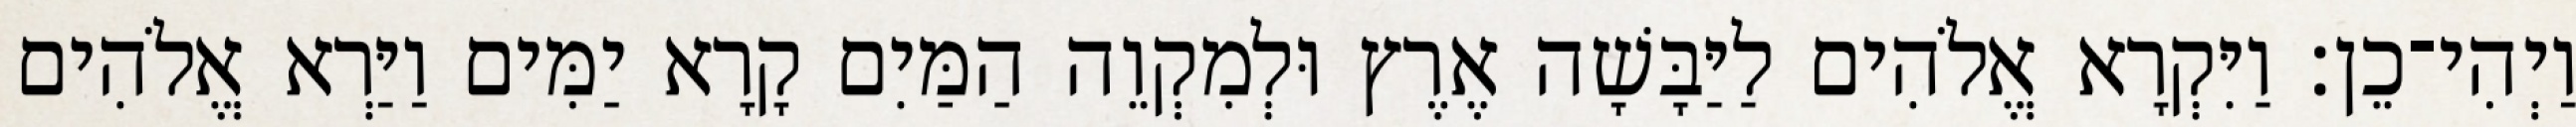
וַיְהִי־כֵן׃ וַיִּקְרָא אֱלֹהִים לַיַּבָּשָׁה אֶרֶץ וּלְמִקְוֵה הַמַּיִם קָרָא יַמִּים וַיַּרְא אֱלֹהִים